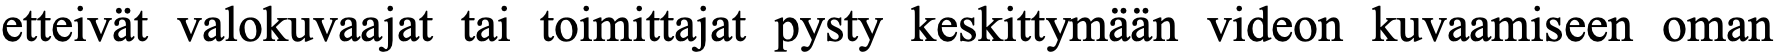
etteivät valokuvaajat tai toimittajat pysty keskittymään videon kuvaamiseen oman